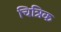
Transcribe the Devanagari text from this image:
चित्रिक